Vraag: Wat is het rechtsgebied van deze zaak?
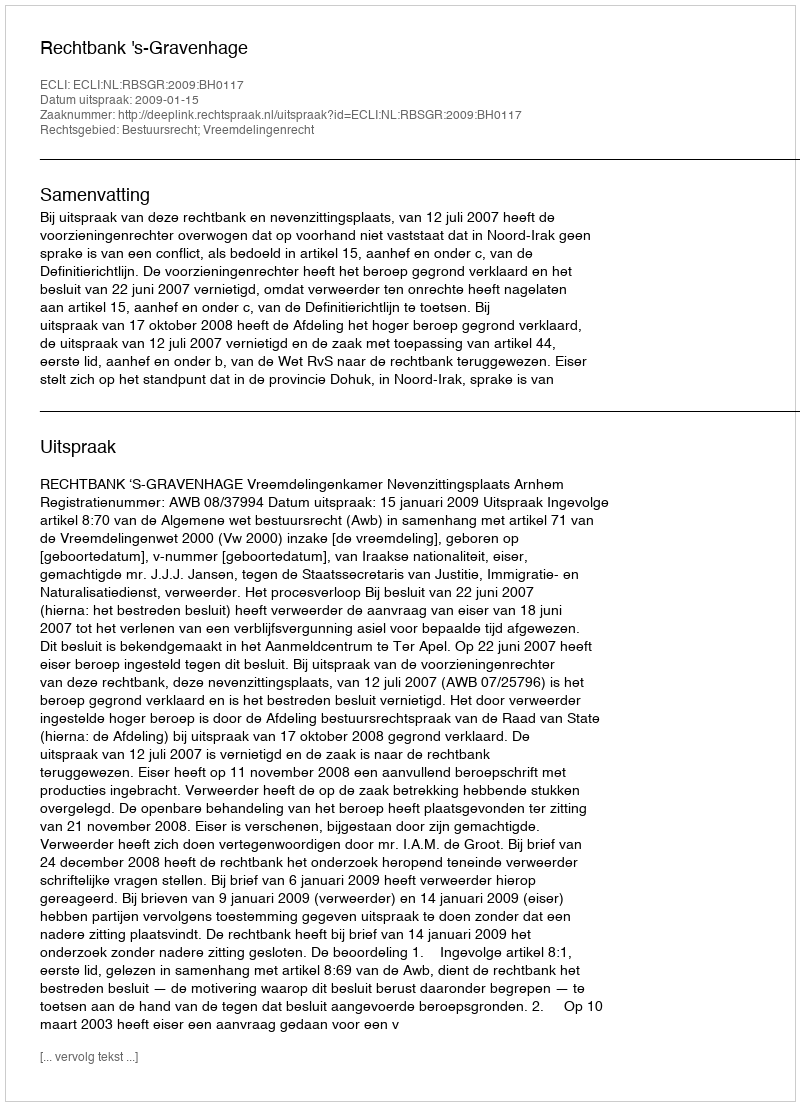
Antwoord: Bestuursrecht; Vreemdelingenrecht